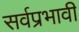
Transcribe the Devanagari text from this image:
सर्वप्रभावी